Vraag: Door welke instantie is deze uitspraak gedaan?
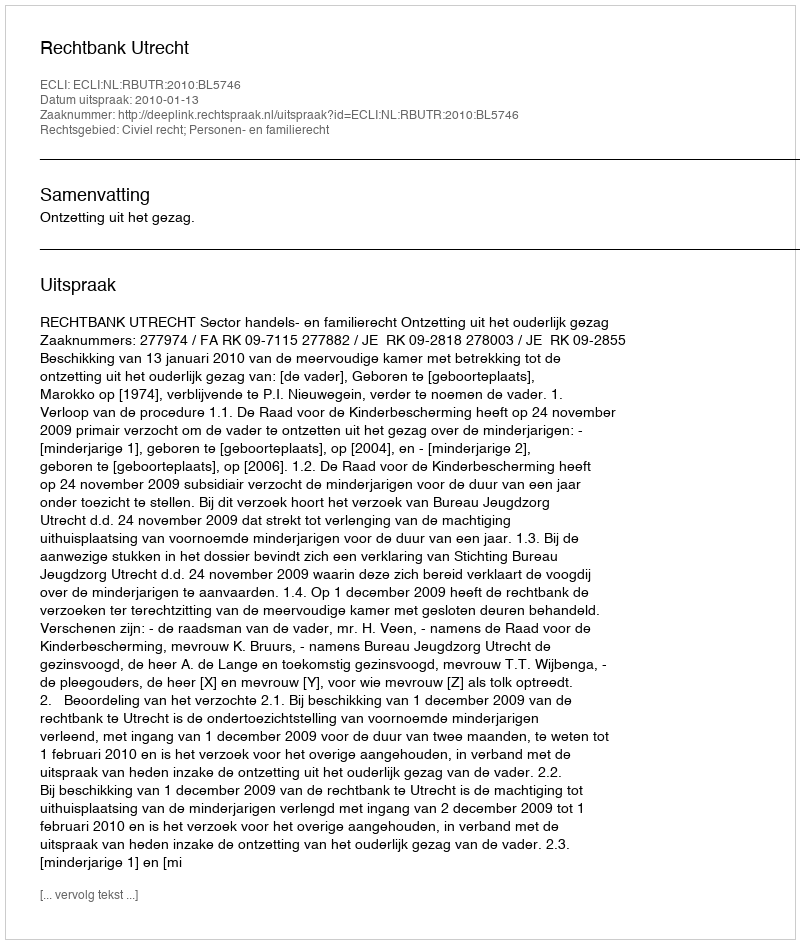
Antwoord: Rechtbank Utrecht